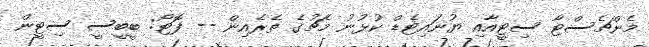
މެންޗެސްޓާ ސިޓީއާއި ޔުނައިޓެޑް ކުޅުނު މެޗުގެ ތެރެއިން -- ފޮޓޯ: ބީބީސީ ސިޓީން